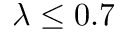
\lambda \le 0 . 7